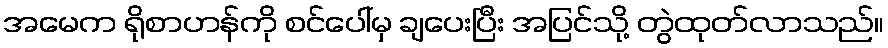
အမေက ရိုစာဟန်ကို စင်ပေါ်မှ ချပေးပြီး အပြင်သို့ တွဲထုတ်လာသည်။